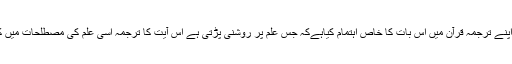
انہوں نے اپنے ترجمہ قرآن میں اس بات کا خاص اہتمام کیاہےکہ جس علم پر روشنی پڑتی ہے اس آیت کا ترجمہ اسی علم کی مصطلحات میں کرتے ہیں۔